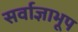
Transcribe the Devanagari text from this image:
सर्वाज्ञाभूप